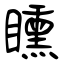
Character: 矄